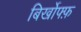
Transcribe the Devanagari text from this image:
बिर्खोफ्फ़